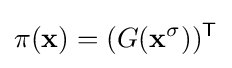
\pi (\mathbf {x} )=(G(\mathbf {x} ^{\sigma }))^{\mathsf {T}}